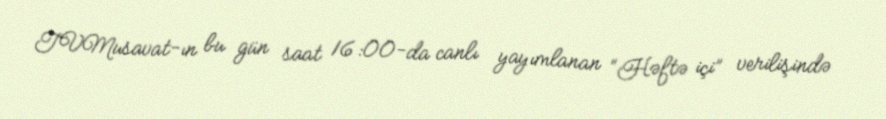
TVMusavat-ın bu gün saat 16:00-da canlı yayımlanan “Həftə içi” verilişində